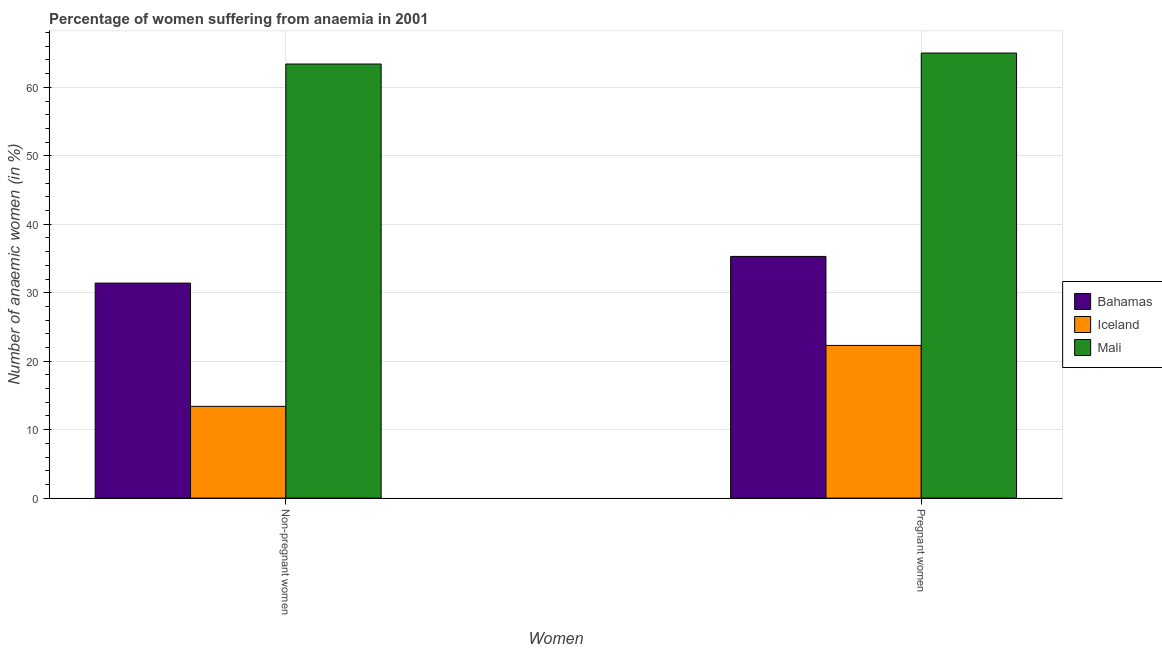
| Women | Bahamas | Iceland | Mali |
 | --- | --- | --- | --- |
 | Non-pregnant women | 31.4 | 13.4 | 63.4 |
 | Pregnant women | 35.3 | 22.3 | 65 |